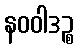
နဝဝါဒဉ္စ